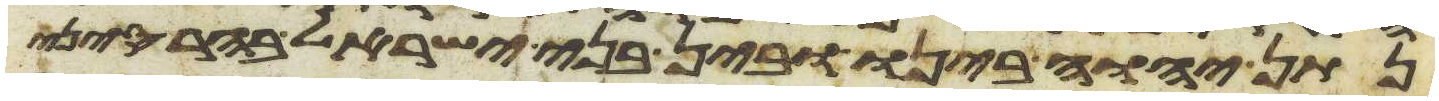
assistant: נתן יהוה בינו ובין בני ישראל בהר סיני